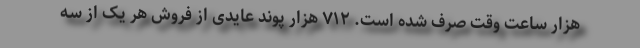
هزار ساعت وقت صرف شده است. ۷۱۲ هزار پوند عایدی از فروش هر یک از سه